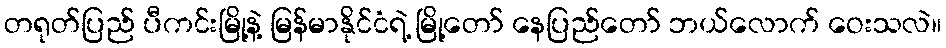
တရုတ်ပြည် ပီကင်းမြို့နဲ့ မြန်မာနိုင်ငံရဲ့ မြို့တော် နေပြည်တော် ဘယ်လောက် ဝေးသလဲ။